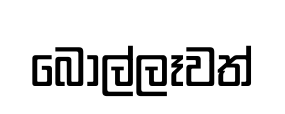
බොල්ලෑවත්